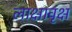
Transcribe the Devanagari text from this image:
लाक्षावृक्ष